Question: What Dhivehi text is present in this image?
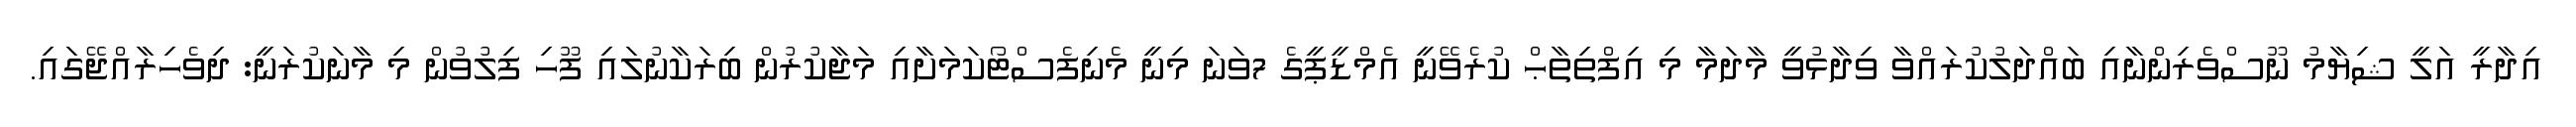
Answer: އިދާރީ އަލީ ޝިޔާމު ނޫސްވެރިންނާއި ބައްދަލުކުރައްވާ ވިދާޅުވީ މާދަމާ މި އިފްތިތާޙް ކުރެވޭނީ އެމްޑީޕީގެ 7ވަނަ މިނީ މެނިފެސްޓޯކަމަށާއި މަޖާކުރުން ބިރަކާނުލައި ފޫހި ފިލުވުން މި މާނަކުރަނީ: ދިވެހިރާއްޖޭގައި.